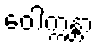
ဝေါက္ကန္တာ